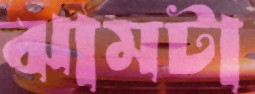
ঝামটা